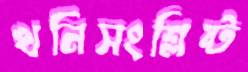
খনিসংশ্লিষ্ট